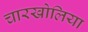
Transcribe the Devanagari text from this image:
चारखोलिया